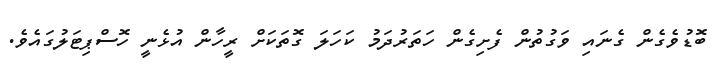
ބޮޑުވެގެން ގެނައި ވަގުތުން ފެށިގެން ހަތަރުދަމު ކަހަލަ ގޮތަކަށް ރީހާން އުޅެނީ ހޮސްޕިޓަލުގައެވެ.